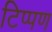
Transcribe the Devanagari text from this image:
टिप्‍पण